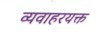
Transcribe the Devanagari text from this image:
व्यवाहरयक्त